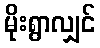
မိုးရွာလျှင်